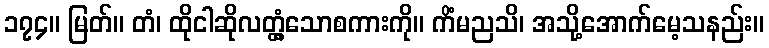
၁၇၄။ မြတ်။ တံ၊ ထိုငါဆိုလတ္တံ့သောစကားကို။ ကိံမညသိ၊ အသို့အောက်မေ့သနည်း။